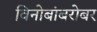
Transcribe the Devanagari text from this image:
विनोबांबरोबर